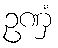
ဥဏှံ